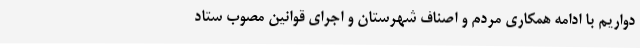
دواریم با ادامه همکاری مردم و اصناف شهرستان و اجرای قوانین مصوب ستاد